Reports on military cantonments and civil stations in the Presidency of Bombay inspected by the Sanitary Commissioner in the years 1875 and 1876
Year: 1875
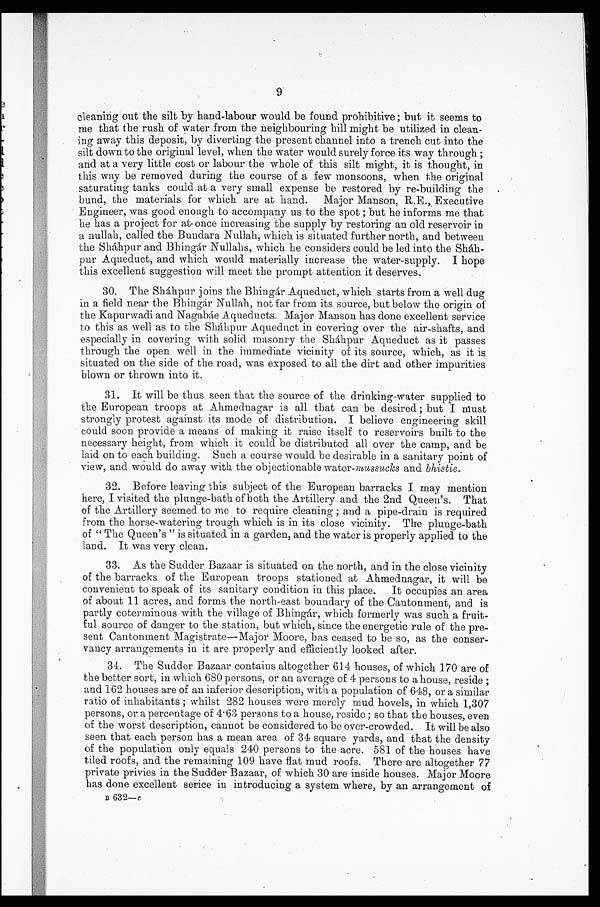
9
cleaning out the silt by hand-labour would be found prohibitive ; but it seems to
me that the rush of water from the neighbouring hill might be utilized in clean-
ing away this deposit, by diverting the present channel into a trench cut into the
silt down to the original level, when the water would surely force its way through ;
and at a very little cost or labour the whole of this silt might, it is thought, in
this way be removed during the course of a few monsoons, when the original
saturating tanks could at a very small expense be restored by re-building the
band, the materials for which are at hand. Major Manson, R.E., Executive
Engineer, was good enough to accompany us to the spot ; but he informs me that
he has a project for at once increasing the supply by restoring an old reservoir in
a nullah, called. the Bundara Nullah, which is situated further north, and between
the Shahpur and Bhingar Nullahs, which he considers could be led into the Shah
-pur Aqueduct, and which would materially increase the water-supply. I hope
this excellent suggestion will meet the prompt attention it deserves.
30. The Shahpur joins the Bhingar Aqueduct, which starts from a well dug
in a field near the Bhingar Nullah, not far from its source, but below the origin of
the Kapurwadi and Nagabae Aqueducts. Major Manson has done excellent service
to this as well as to the Shahpur Aqueduct in covering over the air-shafts, and
especially in covering with solid masonry the Shahpur Aqueduct as it passes
through the open well in the immediate vicinity of its source, which, as it is
situated on the side of the road, was exposed to all the dirt and other impurities
blown or thrown into it.
31. It will be thus seen that the source of the drinking-water supplied to
the European troops at Ahmednagar is all that can be desired ; but I must
strongly protest against its mode of distribution. I believe engineering skill
could soon provide a means of making it raise itself to reservoirs built to the
necessary height, from which it could be distributed all over the camp, and be
laid on to each building. Such a course would be desirable in a sanitary point of
view, and would do away with the objectionable water- mussucles and bhistie .
32. Before leaving this subject of the European barracks I may mention
here, I visited the plunge-bath of both the Artillery and the 2nd Queen's. That
of the Artillery seemed to me to require cleaning ; and a pipe-drain is required
from the horse-watering trough which is in its close vicinity. The plunge-bath
of " The Queen's " is situated in a garden, and the water is properly applied to the
land. It was very clean.
33. As the Sudder Bazaar is situated on the north, and in the close vicinity
of the barracks of the European troops stationed at Ahmednagar, it will be
convenient to speak of its sanitary condition in this place. It occupies an area
of about 11 acres, and forms the north-east boundary of the Cantonment, and is
partly coterminous with the village of Bhingar, which formerly was such a fruit-
ful source of danger to the station, but which, since the energetic rule of the pre-
sent Cantonment Magistrate—Major Moore, has ceased to be so, as the conser-
vancy arrangements in it are properly and efficiently looked after.
34. The Sudder Bazaar contains altogether 614 houses, of which 170 are of
the better sort, in which 680 persons, or an average of 4 persons to a house, reside ;
and 162 houses are of an inferior description, with a population of 648, or a similar
ratio of inhabitants ; whilst 282 houses were merely mud hovels, in which 1,307
persons, or a percentage of 4.63 persons to a house, reside ; so that the houses, even
of the worst description, cannot be considered to be over-crowded. It will be also
seen that each person has a mean area of 34 square yards, and that the density
of the population only equals 240 persons to the acre. 581 of the houses have
tiled roofs, and the remaining 109 have flat mud roofs. There are altogether 77
private privies in the Sudder Bazaar, of which 30 are inside houses. Major Moore
has done excellent serice in introducing a system where, by an arrangement
o f
B
6 3 2 — c